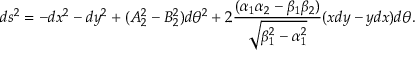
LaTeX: d s ^ { 2 } = - d x ^ { 2 } - d y ^ { 2 } + ( A _ { 2 } ^ { 2 } - B _ { 2 } ^ { 2 } ) d \theta ^ { 2 } + 2 { \frac { ( \alpha _ { 1 } \alpha _ { 2 } - \beta _ { 1 } \beta _ { 2 } ) } { \sqrt { \beta _ { 1 } ^ { 2 } - \alpha _ { 1 } ^ { 2 } } } } ( x d y - y d x ) d \theta .